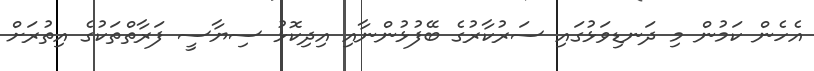
އެހެން ކަމުން މި ދަނޑިވަޅުގައި ސަރުކާރުގެ ބޭފުޅުންނާއި އިދިކޮޅު ސިޔާސީ ފަރާތްތަކުގެ އިތުރަށް